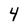
Character: 4